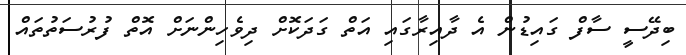
ބިދޭސީ ސާފް ގައިޑުން އެ ދާއިރާގައި އަތް ގަދަކޮށް ދިވެހިންނަށް އޮތް ފުރުސަތުތައް